Indian journal of veterinary science and animal husbandry - Volumes 28-29, 1958-1959
Year: 1958
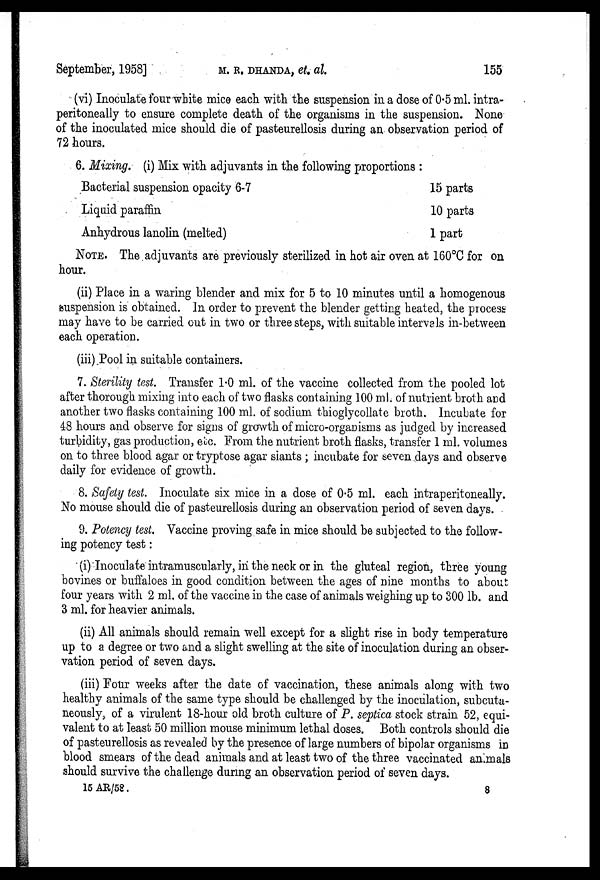
September, 1958]
M.R.DHANDA,
et.
al.
155
(vi) Inoculate four white mice each with the suspension in a dose of 0.5 ml. intra-
peritoneally to ensure complete death of the organisms in the suspension. None
of the inoculated mice should die of pasteurellosis during an observation period of
72 hours.
6. Mixing. (i) Mix with adjuvants in the following proportions :
Bacterial suspension opacity 6-7
Liquid paraffin
Anhydrous lanolin (melted)
15 parts
10 parts
1 part
NOTE. The adjuvants are previously sterilized in hot air oven at 160°C for on
hour.
(ii) Place in a waring blender and mix for 5 to 10 minutes until a homogenous
suspension is obtained. In order to prevent the blender getting heated, the process
may have to be carried out in two or three steps, with suitable intervals in-between
each operation.
(iii) Pool in suitable containers.
7. Sterility test. Transfer 1.0 ml. of the vaccine collected from the pooled lot
after thorough mixing into each of two flasks containing 100 ml. of nutrient broth and
another two flasks containing 100 ml. of sodium thioglycollate broth. Incubate for
48 hours and observe for signs of growth of micro-organisms as judged by increased
turbidity, gas production, etc. From the nutrient broth flasks, transfer 1 ml. volumes
on to three blood agar or tryptose agar slants ; incubate for seven days and observe
daily for evidence of growth.
8. Safety test. Inoculate six mice in a dose of 0.5 ml. each intraperitoneally.
No mouse should die of pasteurellosis during an observation period of seven days.
9. Potency test. Vaccine proving safe in mice should be subjected to the follow-
ing potency test:
(i) Inoculate intramuscularly, in the neck or in the gluteal region, three young
bovines or buffaloes in good condition between the ages of nine months to about
four years with 2 ml. of the vaccine in the case of animals weighing up to 300 lb. and
3 ml. for heavier animals.
(ii) All animals should remain well except for a slight rise in body temperature
up to a degree or two and a slight swelling at the site of inoculation during an obser-
vation period of seven days.
(iii) Four weeks after the date of vaccination, these animals along with two
healthy animals of the same type should be challenged by the inoculation, subcuta-
neously, of a virulent 18-hour old broth culture of P. septica stock strain 52, equi-
valent to at least 50 million mouse minimum lethal doses. Both controls should die
of pasteurellosis as revealed by the presence of large numbers of bipolar organisms in
blood smears of the dead animals and at least two of the three vaccinated animals
should survive the challenge during an observation period of seven days.
15 AR/58.
8